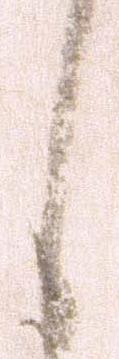
し